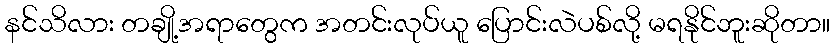
နင်သိလား တချို့အရာတွေက အတင်းလုပ်ယူ ပြောင်းလဲပစ်လို့ မရနိုင်ဘူးဆိုတာ။